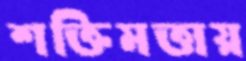
শক্তিমত্তায়